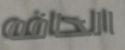
الحافه